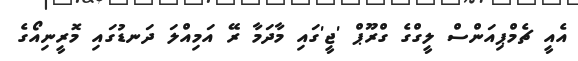
އެއީ ޗެމްޕިއަންސް ލީގްގެ ގްރޫޕް 'ޖީ'ގައި މާދަމާ ރޭ އަމިއްލަ ދަނޑުގައި މޮރީނިއޯގެ